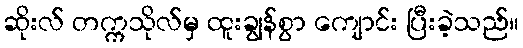
ဆိုးလ် တက္ကသိုလ်မှ ထူးချွန်စွာ ကျောင်း ပြီးခဲ့သည်။